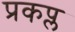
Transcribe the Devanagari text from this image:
प्रकप्ल